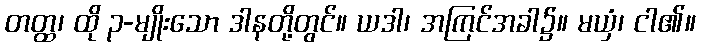
တတ္ထ၊ ထို ၃-မျိုးသော ဒါနတို့တွင်။ ယဒါ၊ အကြင်အခါ၌။ မယှံ၊ ငါ၏။